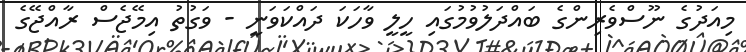
މިއަދުގެ ނޫސްވެރިންގެ ބައްދަލުވުމުގައި ހީލީ ވާހަކަ ދައްކަވަނީ - ވަގުތު އިމޭޖެސް ރާއްޖޭގެ